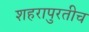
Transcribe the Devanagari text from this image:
शहरापुरतीच